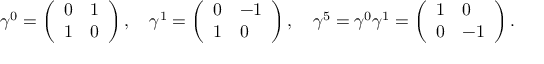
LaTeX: \gamma ^ { 0 } = \left( \begin{array} { l l } { { 0 } } & { { 1 } } \\ { { 1 } } & { { 0 } } \end{array} \right) , \quad \gamma ^ { 1 } = \left( \begin{array} { l l } { { 0 } } & { { - 1 } } \\ { { 1 } } & { { 0 } } \end{array} \right) , \quad \gamma ^ { 5 } = \gamma ^ { 0 } \gamma ^ { 1 } = \left( \begin{array} { l l } { { 1 } } & { { 0 } } \\ { { 0 } } & { { - 1 } } \end{array} \right) .